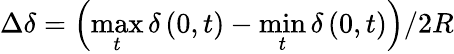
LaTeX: \Delta\delta=\left(\operatorname*{max}_{t}\delta\left(0,t\right)-\operatorname*{min}_{t}\delta\left(0,t\right)\right)/2R